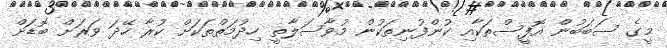
މީގެ ސަބަބުން އޮފީސްތަކާއި ކުންފުނިތަކުން މުވާސަލާތީ ހިދުމަތްތަކަށް ކުރާ ހޭދަ ވަރަށް ބޮޑަށް